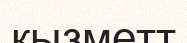
қызметт